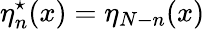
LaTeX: \eta_{n}^{\star}(x)=\eta_{N-n}(x)